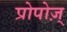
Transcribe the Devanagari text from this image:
प्रोपोज़्